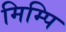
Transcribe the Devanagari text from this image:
मिम्पि